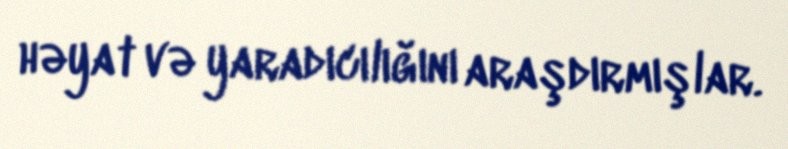
həyat və yaradıcılığını araşdırmışlar.